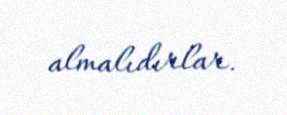
almalıdırlar.